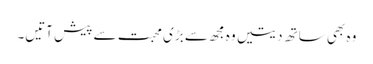
وہ بھی ساتھ دیتیں وہ مجھ سے بڑی محبت سے پیش آتیں۔